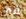
في